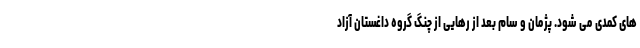
های کمدی می شود. پژمان و سام بعد از رهایی از چنگ گروه داغستان آزاد